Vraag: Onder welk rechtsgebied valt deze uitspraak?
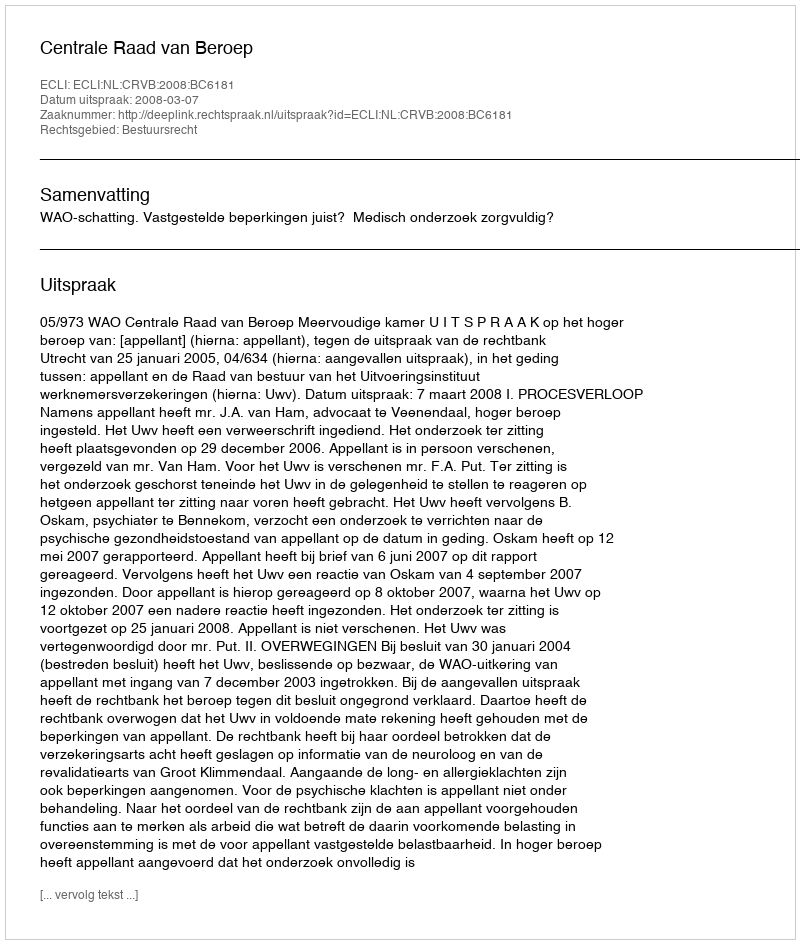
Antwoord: Bestuursrecht